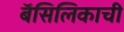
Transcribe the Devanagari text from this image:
बॅसिलिकाची